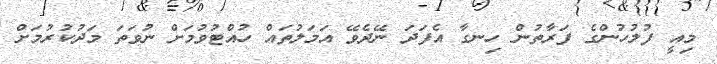
މިއީ ފުލުހުންގެ ފަރާތުން ހިނގާ އެފަދަ ނޭދެވޭ އަމަލުތައް ހުއްޓުވުމަށް ނުވަތަ މަދުކުރުމަށް